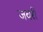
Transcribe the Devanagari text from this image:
जवरी